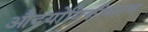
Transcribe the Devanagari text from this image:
औदयोगिकीकरण